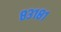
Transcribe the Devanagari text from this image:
८३१८१